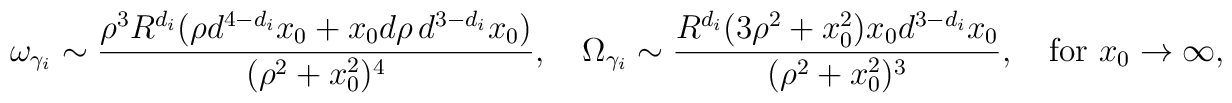
{\omega}_{\gamma_i}\sim {\rho^3R^{d_i}(\rho d^{4-d_i}x_0+x_0 d\rho\,d^{3-d_i}x_0)\over (\rho^2+x_0^2)^4},\quad{\Omega}_{\gamma_i}\sim {R^{d_i}(3\rho^2+x_0^2)x_0d^{3-d_i}x_0\over(\rho^2+x_0^2)^3},\quad {\rm for}\,\, x_0\rightarrow \infty,